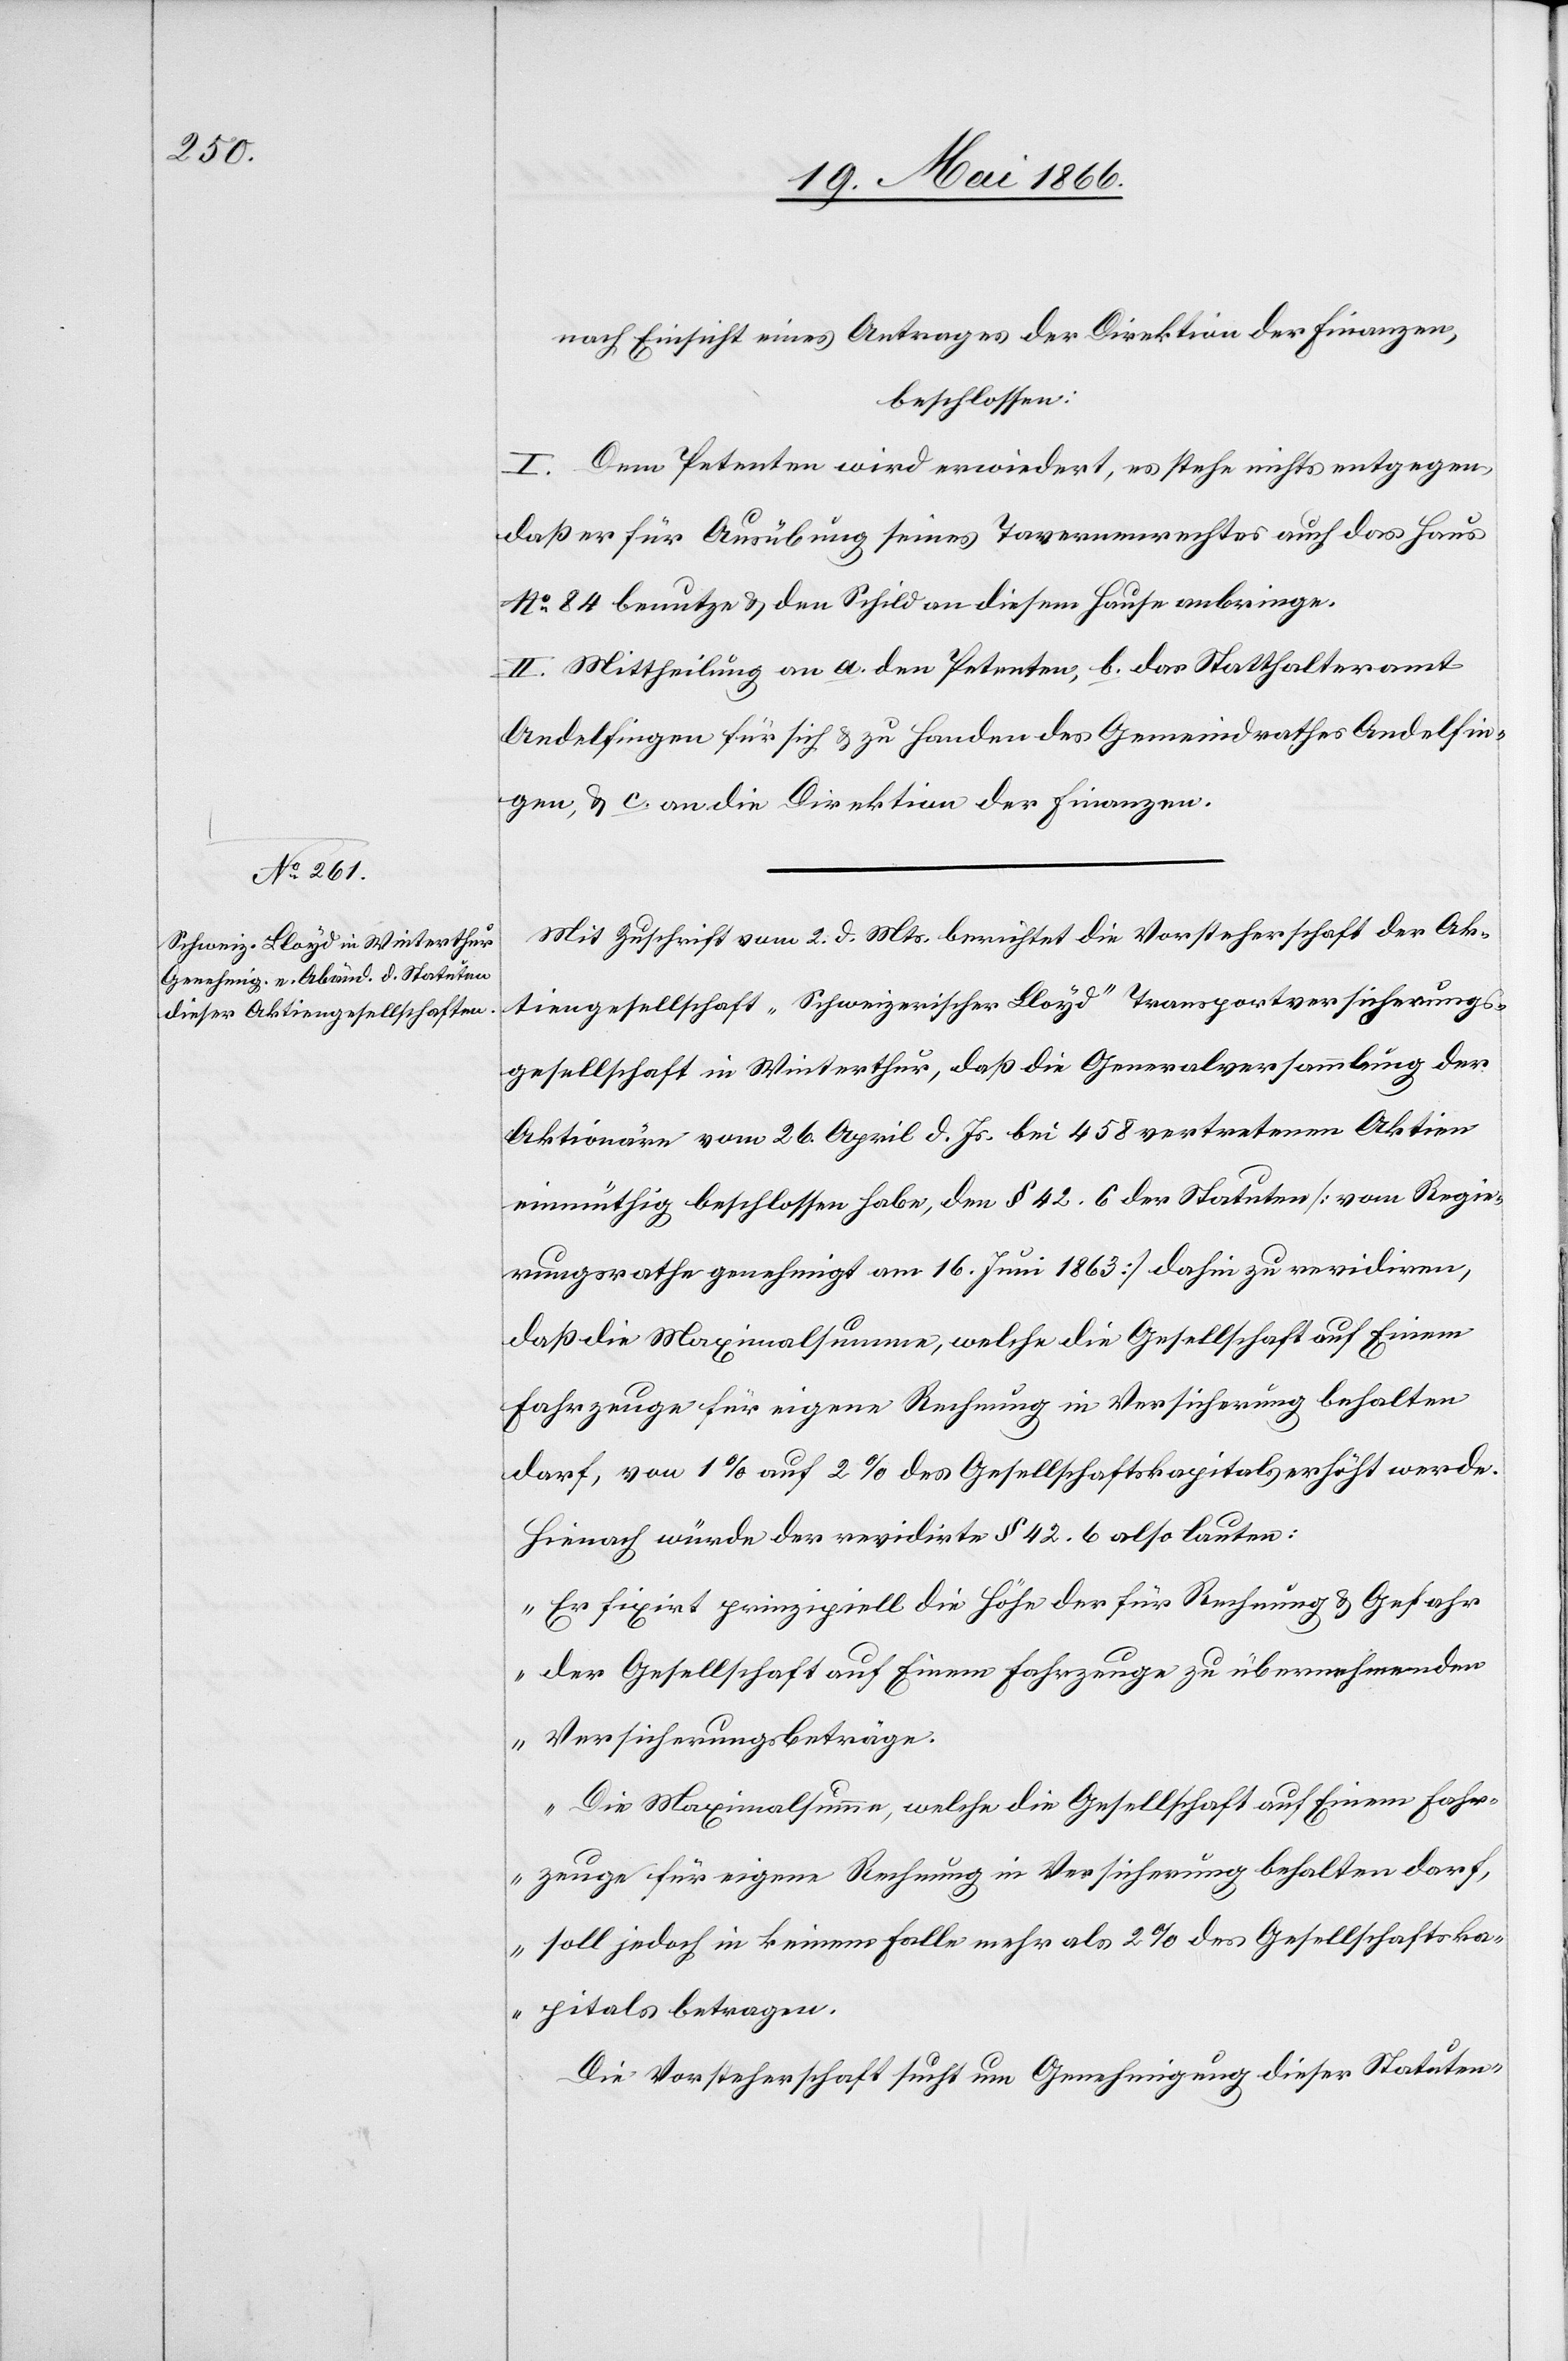
nach Einsicht eines Antrages der Direktion der Finanzen,
beschlossen:
I. Dem Petenten wird erwiedert, es stehe nichts entgegen,
daß er für Ausübung seines Tavernenrechtes auch das Haus
No. 84 benutze u. den Schuld an diesem Hause anbringe.
II. Mittheilung an a. den Petenten, b. das Statthalteramt
Andelfingen für sich u. zu Handen des Gemeindrathes Andelfin¬
gen, u. c. an die Direktion der Finanzen.
Mit Zuschrift vom 2. d. Mts. berichtet die Vorsteherschaft der Ak¬
tiengesellschaft „Schweizerischer Lloyd“ Transportversicherungs¬
gesellschaft in Winterthur, daß die Generalversammlung der
Aktionäre vom 26. April d. Js. bei 458 vertretenen Aktien
einmüthig beschlossen habe, den § 42.6 der Statuten [vom Regie¬
rungsrathe genehmigt am 16. Juni 1863] dahin zu revidiren,
daß die Maximalsumme, welche die Gesellschaft auf Einem
Fahrzeuge für eigene Rechnung in Versicherung behalten
darf, von 1 % auf 2 % des Gesellschaftskapitals erhöht werde.
Hienach würde der revidirte § 42.6 also lauten:
„Er fixirt prinzipiell die Höhe der für Rechnung u. Gefahr
der Gesellschaft auf Einem Fahrzeuge zu übernehmenden
Versicherungsbeträge.
Die Maximalsumme, welche die Gesellschaft auf Einem Fahr¬
zeuge für eigene Rechnung in Versicherung behalten darf,
soll jedoch in keinem Falle mehr als 2 % des Gesellschaftska¬
pitals betragen.“
Die Vorsteherschaft sucht um Genehmigung dieser Statuten-